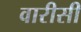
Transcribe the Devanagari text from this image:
वारीसी